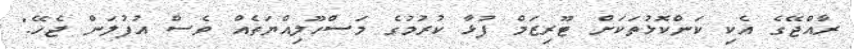
ރާއްޖޭގެ އެކި ކަންކޮޅުތަކަށް ޓޫރިޒަމް ފުޅާ ކުރުމުގެ މަސްހޫލިއްޔަތެއް ވެސް އުފުލަން ޖެހޭ."